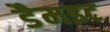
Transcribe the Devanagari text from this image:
डैमइट